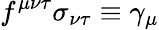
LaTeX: f^{\mu\nu\tau}\sigma_{\nu\tau}\equiv\gamma_{\mu}